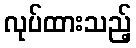
လုပ်ထားသည့်